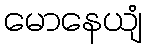
မောနေယျံ